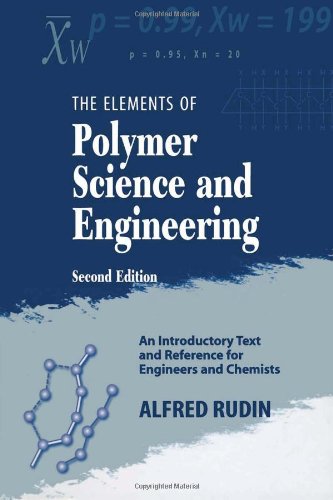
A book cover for Elements of Polymer Science & Engineering, Second Edition: An Introductory Text and Reference for Engineers and Chemists; Alfred Rudin; Science & Math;